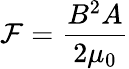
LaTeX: \mathcal{F}={\frac{{B^{2}A}}{{2\mu_{0}}}}